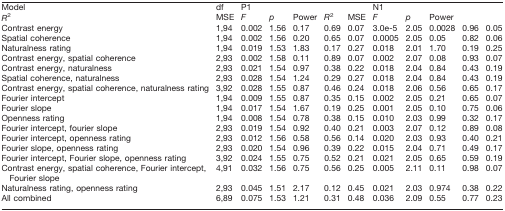
<table><thead><tr><td><b>Model</b></td><td><b>df</b></td><td colspan="5"><b>P1</b></td><td colspan="5"><b>N1</b></td></tr><tr><td><b><i>R</i><sup>2</sup></b></td><td><b>MSE</b></td><td><b><i>F</i></b></td><td><b><i>p</i></b></td><td><b>Power</b></td><td><b><i>R</i><sup>2</sup></b></td><td><b>MSE</b></td><td><b><i>F</i></b></td><td><b><i>p</i></b></td><td><b>Power</b></td></tr></thead><tbody><tr><td>Contrast energy</td><td>1,94</td><td>0.002</td><td>1.56</td><td>0.17</td><td>0.69</td><td>0.07</td><td>3.0e-5</td><td>2.05</td><td>0.0028</td><td>0.96</td><td>0.05</td></tr><tr><td>Spatial coherence</td><td>1,94</td><td>0.002</td><td>1.56</td><td>0.20</td><td>0.65</td><td>0.07</td><td>0.0005</td><td>2.05</td><td>0.05</td><td>0.82</td><td>0.06</td></tr><tr><td>Naturalness rating</td><td>1,94</td><td>0.019</td><td>1.53</td><td>1.83</td><td>0.17</td><td>0.27</td><td>0.018</td><td>2.01</td><td>1.70</td><td>0.19</td><td>0.25</td></tr><tr><td>Contrast energy, spatial coherence</td><td>2,93</td><td>0.002</td><td>1.58</td><td>0.11</td><td>0.89</td><td>0.07</td><td>0.002</td><td>2.07</td><td>0.08</td><td>0.93</td><td>0.07</td></tr><tr><td>Contrast energy, naturalness</td><td>2,93</td><td>0.021</td><td>1.54</td><td>0.97</td><td>0.38</td><td>0.22</td><td>0.018</td><td>2.04</td><td>0.84</td><td>0.43</td><td>0.19</td></tr><tr><td>Spatial coherence, naturalness</td><td>2,93</td><td>0.028</td><td>1.54</td><td>1.24</td><td>0.29</td><td>0.27</td><td>0.018</td><td>2.04</td><td>0.84</td><td>0.43</td><td>0.19</td></tr><tr><td>Contrast energy, spatial coherence, naturalness rating</td><td>3,92</td><td>0.028</td><td>1.55</td><td>0.87</td><td>0.46</td><td>0.24</td><td>0.018</td><td>2.06</td><td>0.56</td><td>0.65</td><td>0.17</td></tr><tr><td>Fourier intercept</td><td>1,94</td><td>0.009</td><td>1.55</td><td>0.87</td><td>0.35</td><td>0.15</td><td>0.002</td><td>2.05</td><td>0.21</td><td>0.65</td><td>0.07</td></tr><tr><td>Fourier slope</td><td>1,94</td><td>0.017</td><td>1.54</td><td>1.67</td><td>0.19</td><td>0.25</td><td>0.001</td><td>2.05</td><td>0.10</td><td>0.75</td><td>0.06</td></tr><tr><td>Openness rating</td><td>1,94</td><td>0.008</td><td>1.54</td><td>0.78</td><td>0.38</td><td>0.15</td><td>0.010</td><td>2.03</td><td>0.99</td><td>0.32</td><td>0.17</td></tr><tr><td>Fourier intercept, fourier slope</td><td>2,93</td><td>0.019</td><td>1.54</td><td>0.92</td><td>0.40</td><td>0.21</td><td>0.003</td><td>2.07</td><td>0.12</td><td>0.89</td><td>0.08</td></tr><tr><td>Fourier intercept, openness rating</td><td>2,93</td><td>0.012</td><td>1.56</td><td>0.58</td><td>0.56</td><td>0.14</td><td>0.020</td><td>2.03</td><td>0.93</td><td>0.40</td><td>0.21</td></tr><tr><td>Fourier slope, openness rating</td><td>2,93</td><td>0.020</td><td>1.54</td><td>0.96</td><td>0.39</td><td>0.22</td><td>0.015</td><td>2.04</td><td>0.71</td><td>0.49</td><td>0.17</td></tr><tr><td>Fourier intercept, Fourier slope, openness rating</td><td>3,92</td><td>0.024</td><td>1.55</td><td>0.75</td><td>0.52</td><td>0.21</td><td>0.021</td><td>2.05</td><td>0.65</td><td>0.59</td><td>0.19</td></tr><tr><td>Contrast energy, spatial coherence, Fourier intercept, Fourier slope</td><td>4,91</td><td>0.032</td><td>1.56</td><td>0.75</td><td>0.56</td><td>0.25</td><td>0.005</td><td>2.11</td><td>0.11</td><td>0.98</td><td>0.07</td></tr><tr><td>Naturalness rating, openness rating</td><td>2,93</td><td>0.045</td><td>1.51</td><td>2.17</td><td>0.12</td><td>0.45</td><td>0.021</td><td>2.03</td><td>0.974</td><td>0.38</td><td>0.22</td></tr><tr><td>All combined</td><td>6,89</td><td>0.075</td><td>1.53</td><td>1.21</td><td>0.31</td><td>0.48</td><td>0.036</td><td>2.09</td><td>0.55</td><td>0.77</td><td>0.23</td></tr></tbody></table>